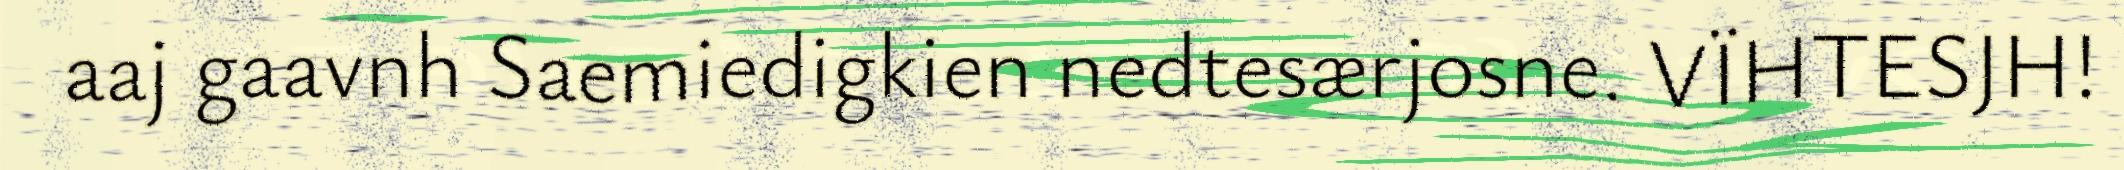
aaj gaavnh Saemiedigkien nedtesærjosne. VÏHTESJH!